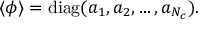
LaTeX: \langle \phi \rangle = \mathrm { d i a g } ( a _ { 1 } , a _ { 2 } , \ldots , a _ { N _ { c } } ) .